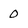
Character: 0